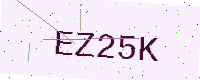
Text: EZ25K